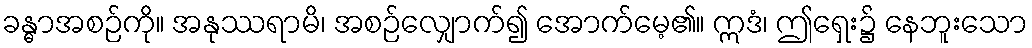
ခန္ဓာအစဉ်ကို။ အနုဿရာမိ၊ အစဉ်လျှောက်၍ အောက်မေ့၏။ ဣဒံ၊ ဤရှေး၌ နေဘူးသော